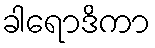
ခါရောဒိကာ